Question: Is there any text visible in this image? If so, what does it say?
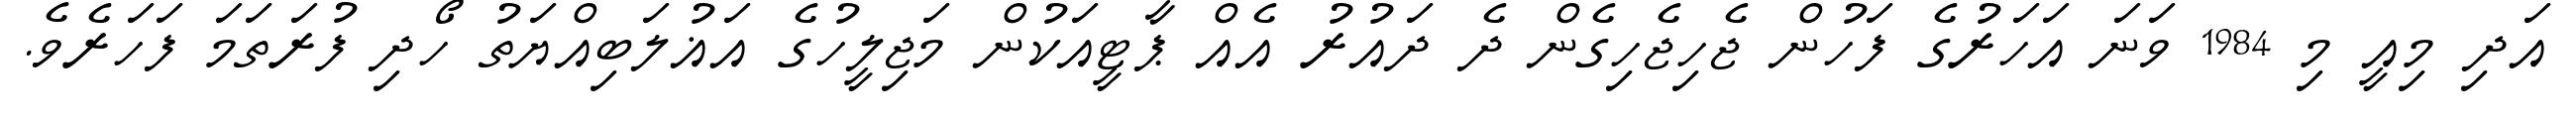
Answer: އަދި މިއީ މި 1984 ވަނަ އަހަރުގެ ފަހުން ޖެހިޖެހިގެން ދެ ދައުރު އެއް ޕާޓީއަކުން މަޖިލީހުގެ އަޣުލަބިއްޔަތު ހޯދި ފުރަތަމަ ފަހަރެވެ.